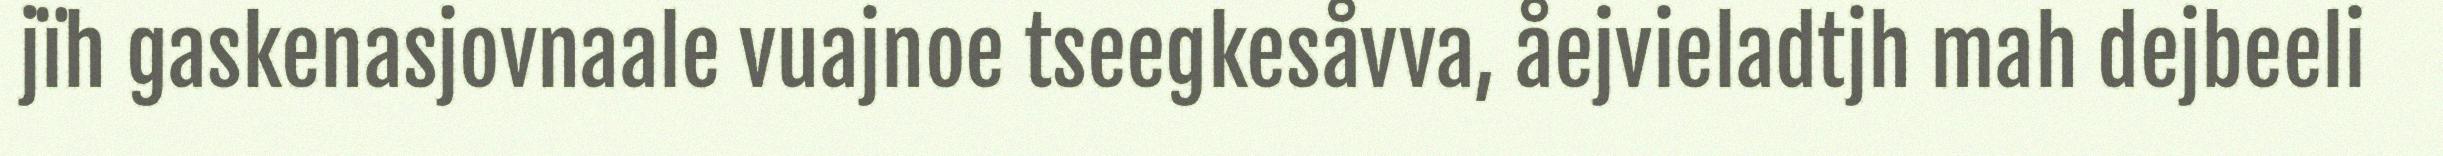
jïh gaskenasjovnaale vuajnoe tseegkesåvva, åejvieladtjh mah dejbeeli